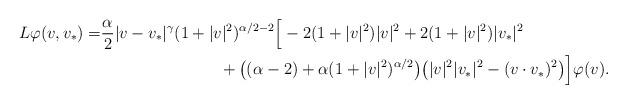
LaTeX: \begin{align*}L\varphi(v,v_*)=&\frac \alpha 2 |v-v_*|^\gamma (1+|v|^2)^{\alpha/2-2}\Big[-2(1+|v|^2)|v|^2+ 2(1+|v|^2)|v_*|^2\\& \hskip3cm+ \big((\alpha-2)+\alpha (1+|v|^2)^{\alpha/2}\big)\big(|v|^2|v_*|^2-(v\cdot v_*)^2\big)\Big]\varphi(v).\end{align*}